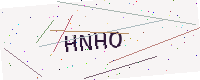
Text: HNHO